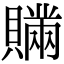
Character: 𧸕